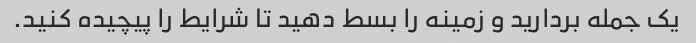
یک جمله بردارید و زمینه را بسط دهید تا شرایط را پیچیده کنید.